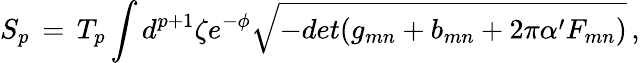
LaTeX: S_{p}\, =\, T_{p}\int d^{p+1}\zeta e^{-\phi}\sqrt{-det(g_{mn}+b_{mn}+2\pi\alpha^{\prime}F_{mn})}\, ,